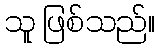
သူ ဖြစ်သည်။